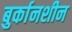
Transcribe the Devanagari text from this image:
बुर्कानशीन